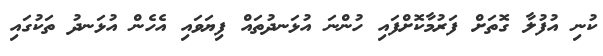
ކުނި އުފުލާ ގޮތަށް ފަރުމާކޮށްފައި ހުންނަ އުޅަނދުތައް ފިޔަވައި އެހެން އުޅަނދު ތަކުގައި